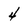
Character: 4